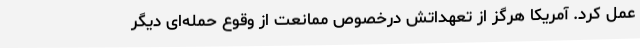
عمل کرد. آمریکا هرگز از تعهداتش درخصوص ممانعت از وقوع حمله‌ای دیگر